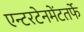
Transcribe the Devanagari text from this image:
एन्टरटेनमेंटतर्फे